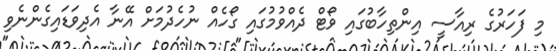
މި ފަހަރުގެ ރިއާސީ އިންތިހާބުގައި ވޯޓް ދެއްވުމުގައި ގޯހެއް ނުހެދުމަށް އޭނާ އެދިވަޑައިގެންނެވި